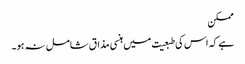
ممکن
ہے کہ اس کی طبعیت میں ہنسی مذاق شامل نہ ہو۔